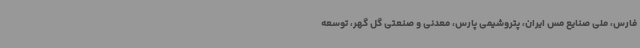
فارس، ملی صنایع مس ایران، پتروشیمی پارس، معدنی و صنعتی گل گهر، توسعه